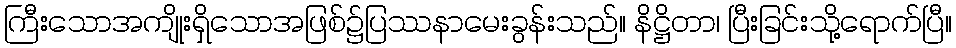
ကြီးသောအကျိုးရှိသောအဖြစ်၌ပြဿနာမေးခွန်းသည်။ နိဋ္ဌိတာ၊ ပြီးခြင်းသို့ရောက်ပြီ။